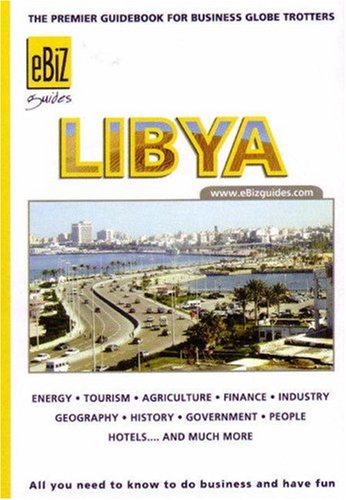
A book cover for Libya: The Premier Guidebook For Business Globe Trotters (Ebiz Guides); Pascal Belda; Travel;